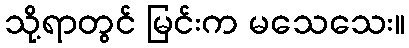
သို့ရာတွင် မြင်းက မသေသေး။